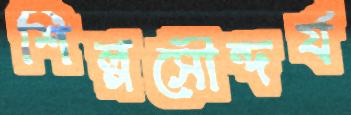
শিল্পসৌন্দর্য